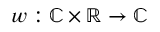
w : \mathbb { C } \times \mathbb { R } \rightarrow \mathbb { C }